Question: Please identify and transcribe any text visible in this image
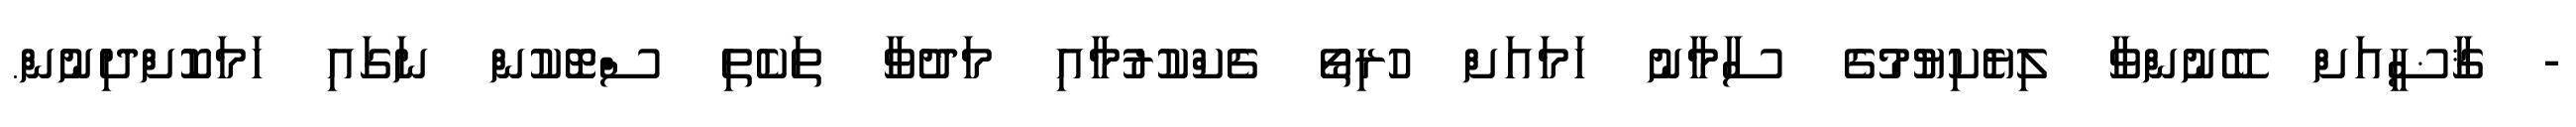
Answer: - ޤާޟީއަށް ބޭނުންވާ ލިޔެކިޔުމުގެ ސާމާނު ހަމައަށް ހުރިތޯ ޗެކްކުރުމާއި މަދުވާ ތަކެތި ސްޓޮކުން ނަގައި ހަމަކޮށްދިނުން.